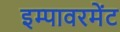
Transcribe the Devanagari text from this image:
इम्पावरमेंट